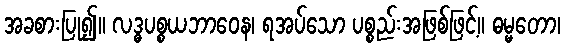
အခစားပြု၍။ လဒ္ဓပစ္စယဘာဝေန၊ ရအပ်သော ပစ္စည်းအဖြစ်ဖြင့်။ ဓမ္မတော၊